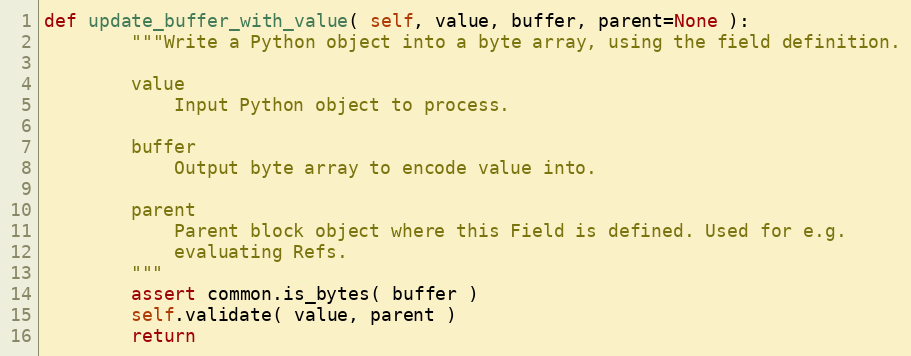
Language: Python
def update_buffer_with_value( self, value, buffer, parent=None ):
        """Write a Python object into a byte array, using the field definition.

        value
            Input Python object to process.

        buffer
            Output byte array to encode value into.

        parent
            Parent block object where this Field is defined. Used for e.g.
            evaluating Refs.
        """
        assert common.is_bytes( buffer )
        self.validate( value, parent )
        return